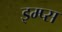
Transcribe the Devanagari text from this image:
इम्प्स